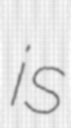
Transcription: is